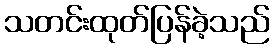
သတင်းထုတ်ပြန်ခဲ့သည်